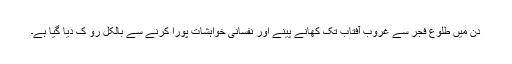
دن میں طلوعِ فجر سے غروبِ آفتاب تک کھانے پینے اور نفسانی خواہشات پورا کرنے سے بالکل رو ک دیا گیا ہے۔